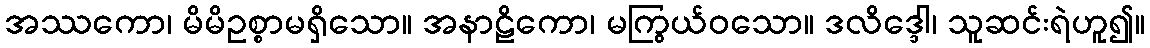
အဿကော၊ မိမိဥစ္စာမရှိသော။ အနာဠိကော၊ မကြွယ်ဝသော။ ဒလိဒ္ဒေါ၊ သူဆင်းရဲဟူ၍။